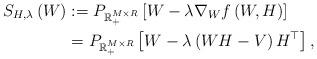
LaTeX: \begin{align*}S_{H,\lambda} \left(W \right) &:= P_{\mathbb{R}_+^{M \times R}} \left[ W - \lambda \nabla_W f \left( W, H \right) \right]\\&= P_{\mathbb{R}_+^{M \times R}} \left[ W - \lambda \left(WH - V \right) H^\top \right],\end{align*}